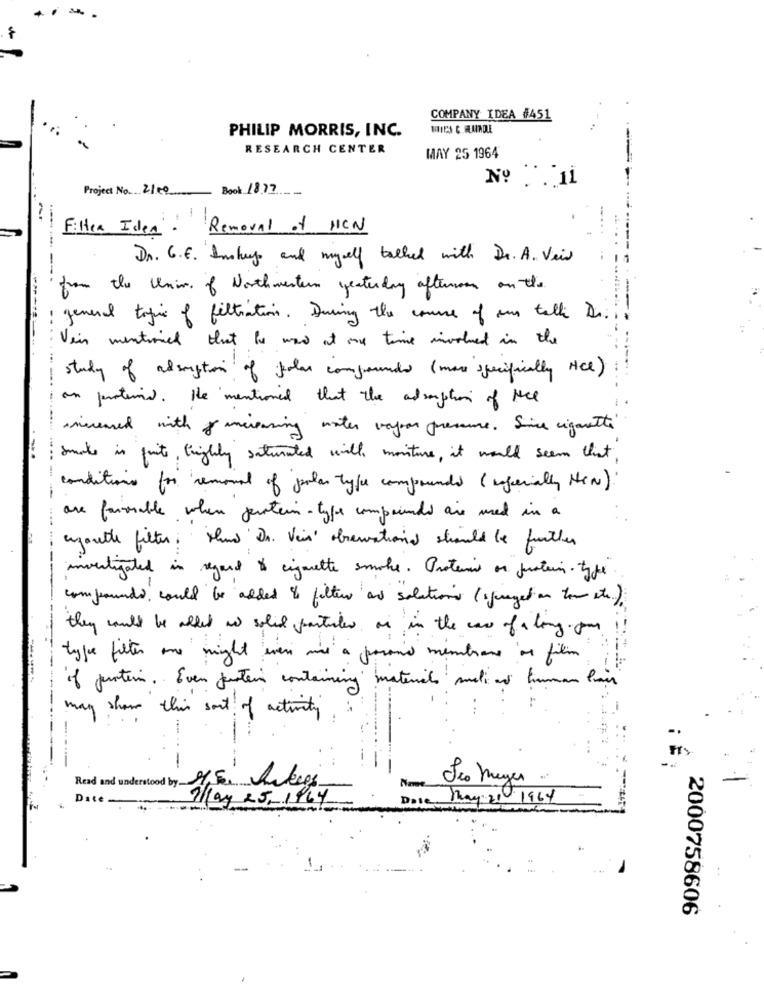
COMPANY IDEA #451
PHILIP MORRIS, INC.
MIES C. FLAIRDLE
RESEARCH CENTER
MAY 25 1964
No . . . 11
Project No. 2100
Book 1877
Filter Idea
Removal of HCN
Dr. 6.E. Inshuys and myself talked with Dr. A. Veiw
from the Univ. of Northwestern yesterday afternoon on the
general topic of filtration. During the course of an telli Dr.
Vein mentioned that he was at one time involved in the
study of absorption of falar compounds (more specifically NCe)
on protimed. He mentioned that the adsorption of the
incensed with increasing water vayan pressure . Sice cigarette
-
smake in fruits, brightly saturated will monture, it would seem that,
-----
conditions for removal of polar type compounded ( inferially New).
are favorable when protein- type compounded are used in a
egoutte filter: Hand Da. Vein observationd stranded be further
investigated in regard to cigarette smoke. Protein on function . type
compounds could be added 8 filter and solutions (synerget on tom etc.)
they could be alled as solid particles or in the case of a long. com !!
type filter one might even wine a pasand membrane ar film
if juster. Even juster containing materials mali as human hair
may share this sort of activity
.....
-
Les Meyer
Read and understood by HE Anders
Date
May 2 5,1464
Dose, May 21 1964
2000758606